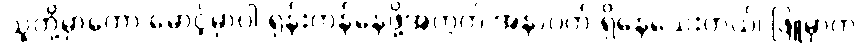
သူတို့မှာကော မောင့်မှာပါ ရုန်းကန်နေဖို့အတွက် အနာဂတ် ရှိနေသေးတယ်၊ ဖြူမှာက